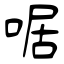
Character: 啹